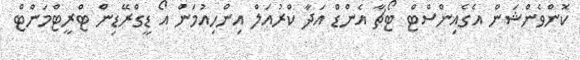
ކޮންވެންޝަން އެގެއިންސްޓް ޓޯޗާ އެންޑް އަދާ ކްރުއަލް އިންހިއުމަން އޯ ޑީގްރޭޑިން ޓްރީޓްމަންޓް